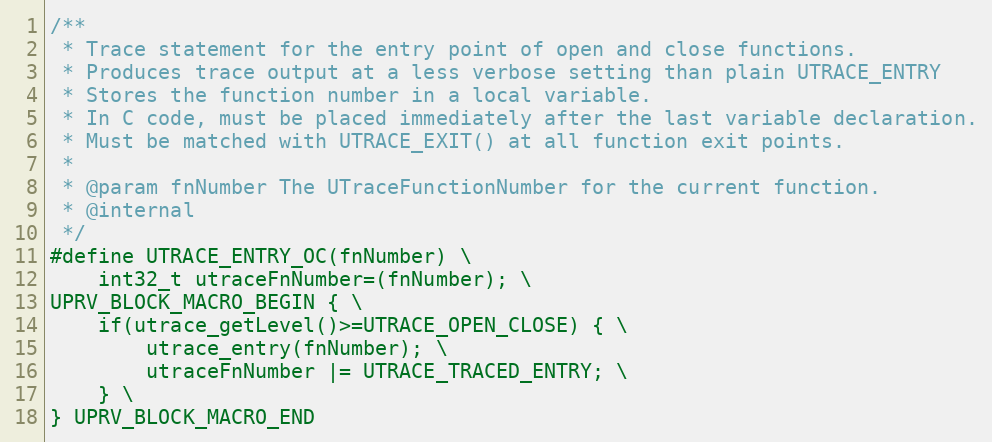
Language: C
/**
 * Trace statement for the entry point of open and close functions.
 * Produces trace output at a less verbose setting than plain UTRACE_ENTRY
 * Stores the function number in a local variable.
 * In C code, must be placed immediately after the last variable declaration.
 * Must be matched with UTRACE_EXIT() at all function exit points.
 *
 * @param fnNumber The UTraceFunctionNumber for the current function.
 * @internal
 */
#define UTRACE_ENTRY_OC(fnNumber) \
    int32_t utraceFnNumber=(fnNumber); \
UPRV_BLOCK_MACRO_BEGIN { \
    if(utrace_getLevel()>=UTRACE_OPEN_CLOSE) { \
        utrace_entry(fnNumber); \
        utraceFnNumber |= UTRACE_TRACED_ENTRY; \
    } \
} UPRV_BLOCK_MACRO_END